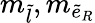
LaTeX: m_{\tilde{l}},m_{{\tilde{e}}_{R}}